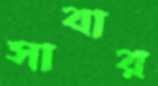
সাবার